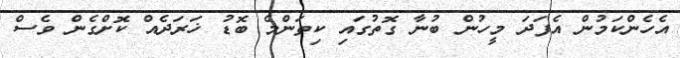
އެހެންކަމުން އެފަދަ މީހުން ބުނާ ގޮތުގައި ކިތަންމެ ބޮޑު ޚަރަދެއް ކޮށްގެން ވެސް